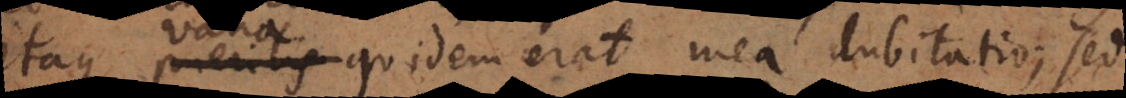
itaque peritis quidem erat mea dubitatio; sed